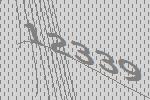
12339